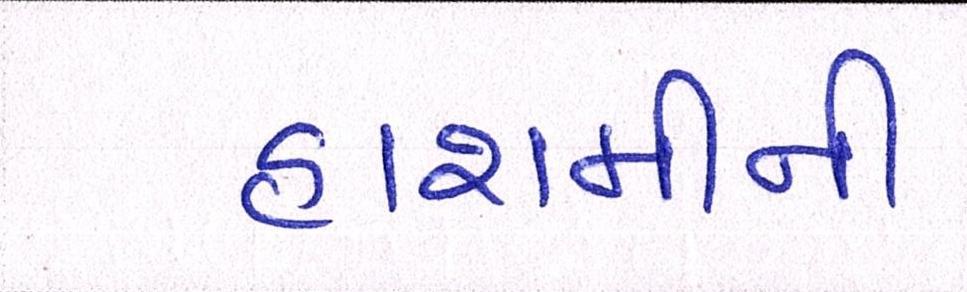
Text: હાશમીની